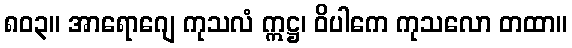
၈၀၃။ အာရောဂျေ ကုသလံ ဣဋ္ဌ၊ ဝိပါကေ ကုသလော တထာ။